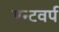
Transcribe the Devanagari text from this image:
एन्टवर्प